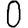
Digit: 0